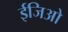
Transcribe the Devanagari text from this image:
ईजिओ